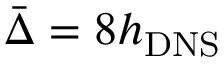
\bar { \Delta } = 8 h _ { \mathrm { { D N S } } }